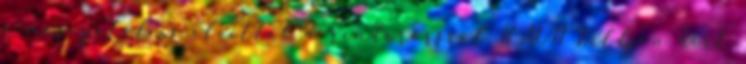
a mosogatót is elvitték a rendőrőrsről HAON Küldjön hírt